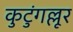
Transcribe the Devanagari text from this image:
कुटुंगल्लूर